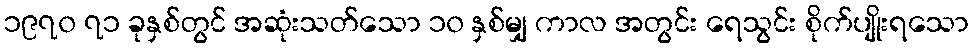
၁၉၇၀ ၇၁ ခုနှစ်တွင် အဆုံးသတ်သော ၁၀ နှစ်မျှ ကာလ အတွင်း ရေသွင်း စိုက်ပျိုးရသော